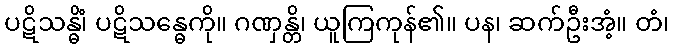
ပဋိသန္ဓိံ၊ ပဋိသန္ဓေကို။ ဂဏှန္တိ၊ ယူကြကုန်၏။ ပန၊ ဆက်ဦးအံ့။ တံ၊